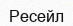
Ресейл